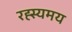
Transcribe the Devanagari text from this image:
रह्स्यमय